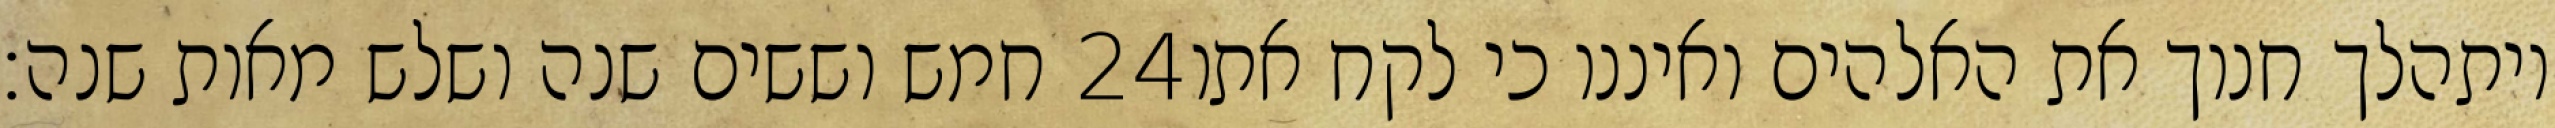
חמש וששים שנה ושלש מאות שנה׃ ‎24‏ ויתהלך חנוך את האלהים ואיננו כי לקח אתו